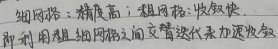
细网格：精度高；粗网格：收敛快。可利用粗细网格间交替迭代来加速收敛。

这段内容没有涉及公式环境，按原样输出即可。